Juri_Uluots, lk 47
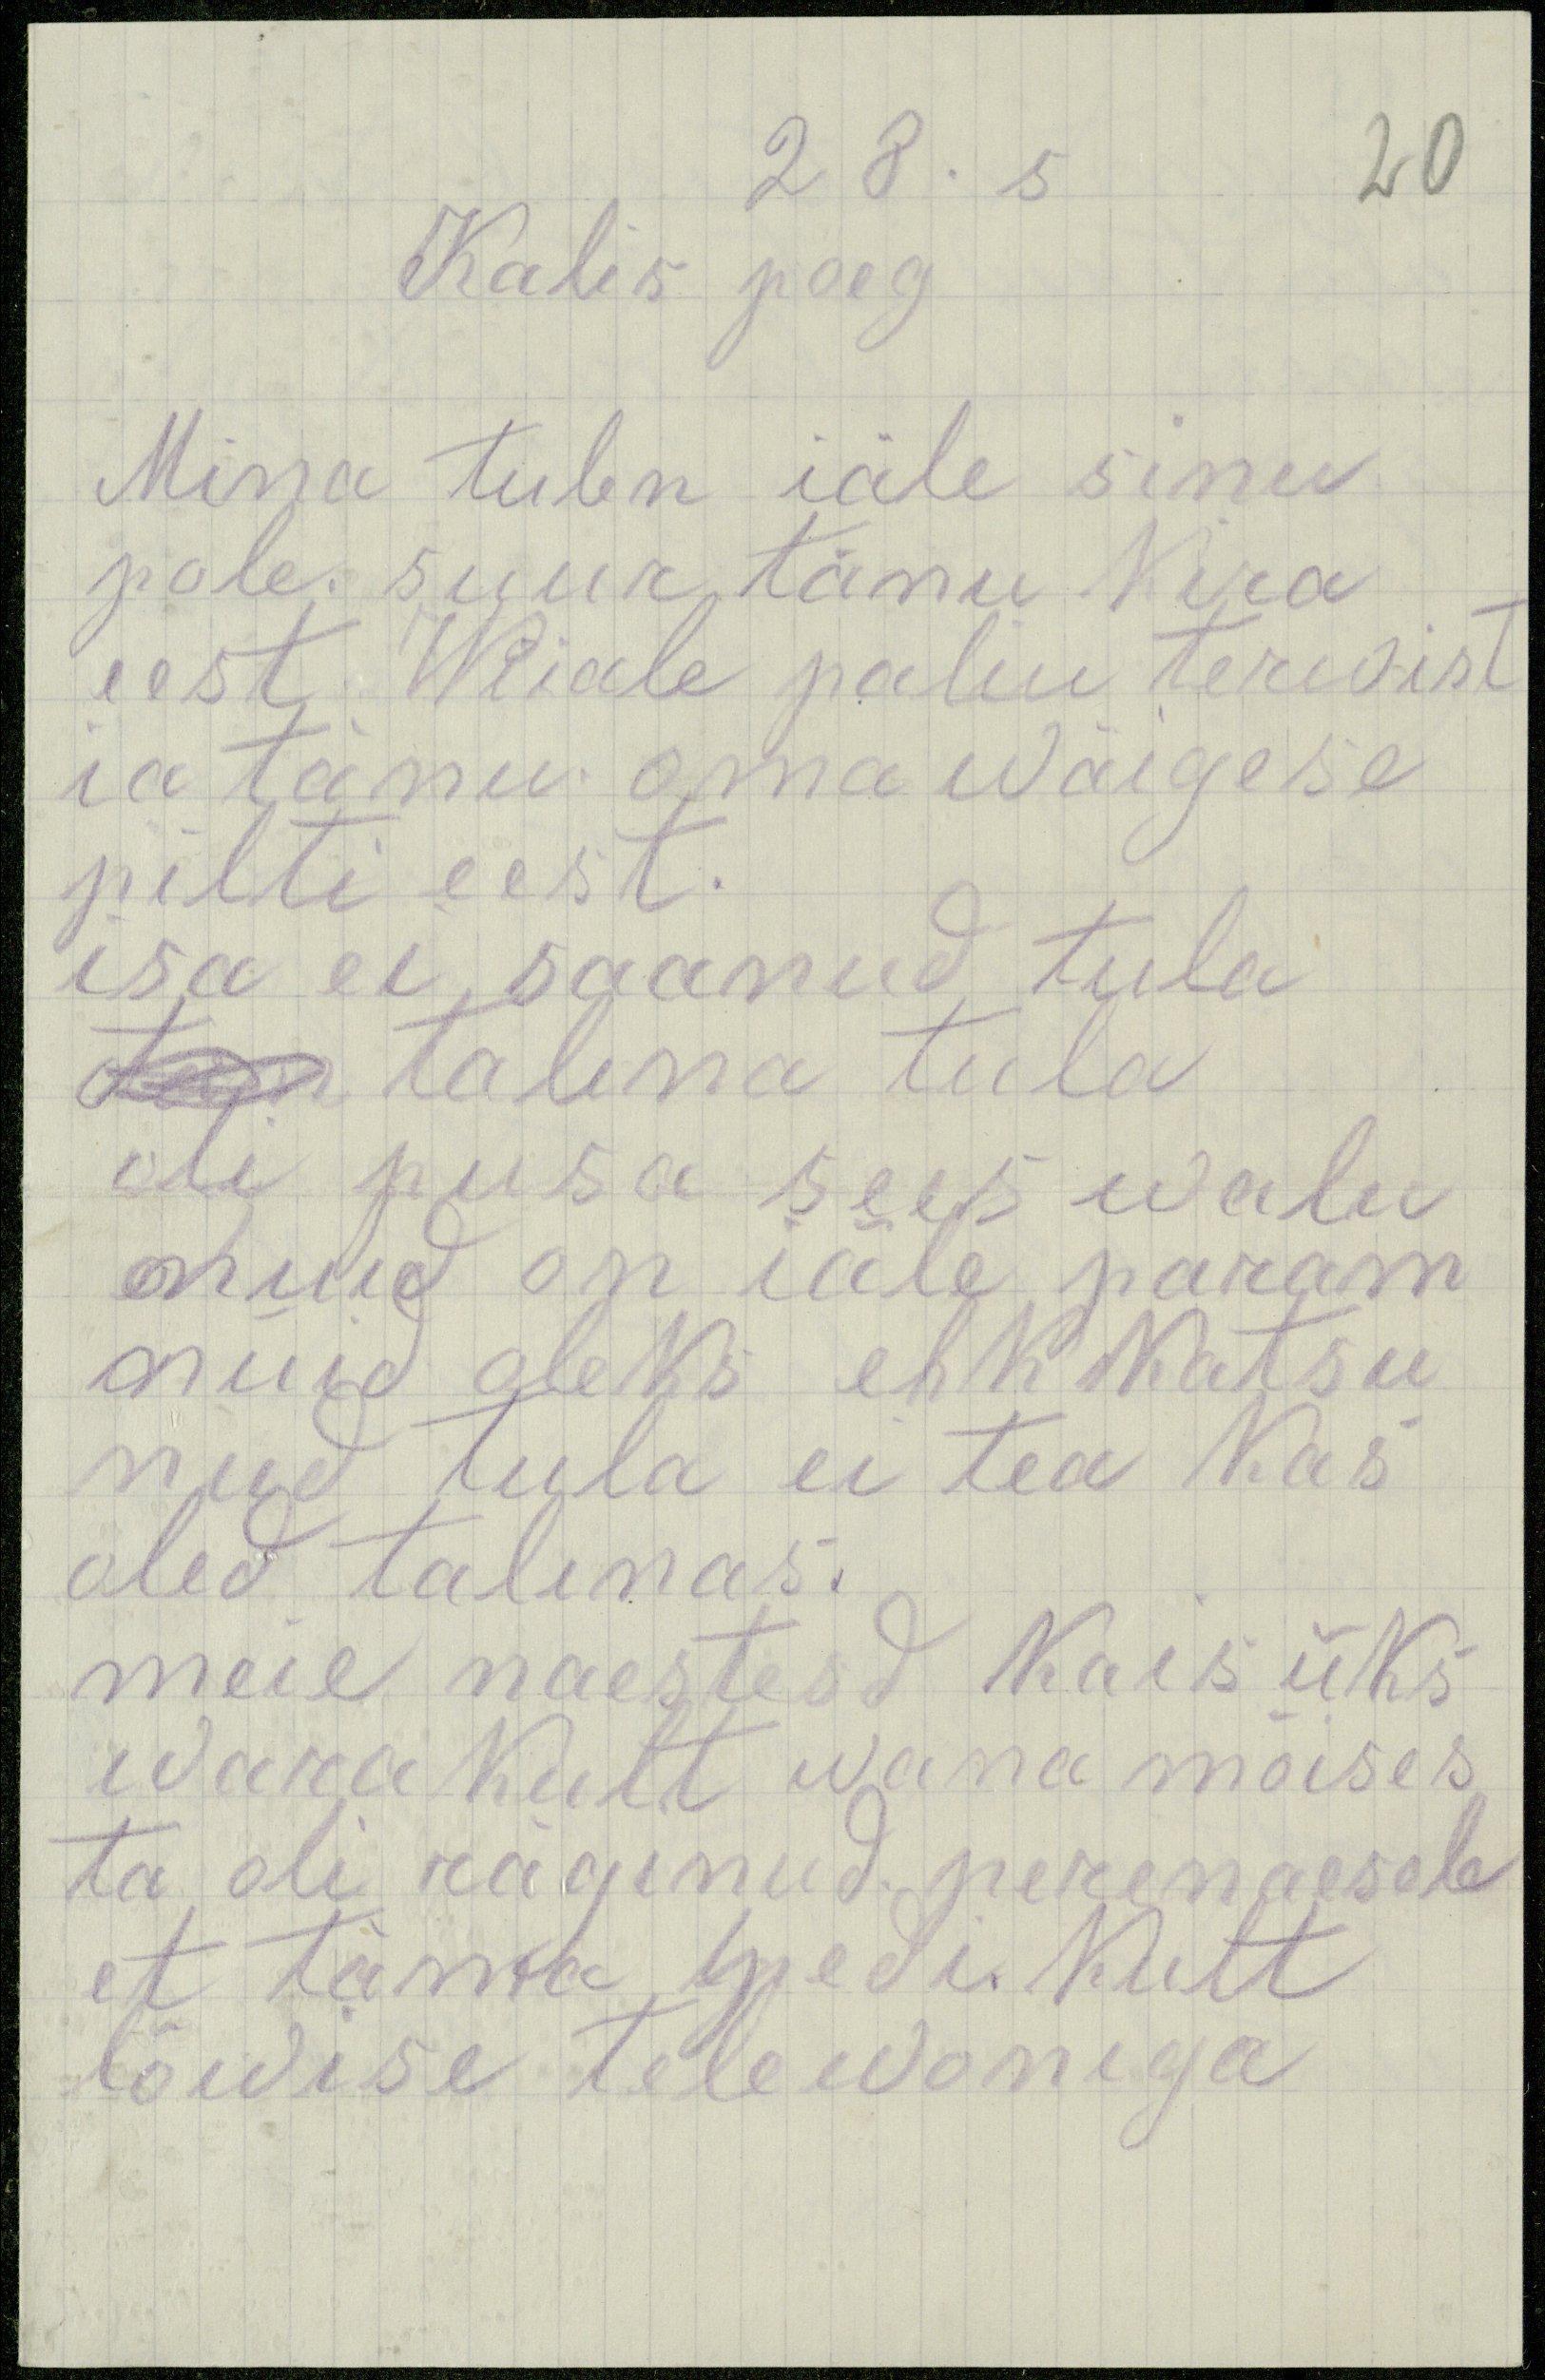
28. s
20
Kalis poeg
Mina tulen iäle sinu
pole. suur tänu kira
eest. Wiiale paliu terwist
ia tänu oma wäigese
pilti eest.
isa ei saanud tula
tain talina tula
oli pusa sees walu
nuid on iäle param
nüid oleks ehk katsu
nud tula ei tea kas
oled talinas.
meie naestesd kais üks
warakult wana mõises
ta oli räginud perenaesele
et täma, pedi keelt
tõedise televoniga